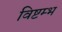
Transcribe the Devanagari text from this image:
विष्टम्भ